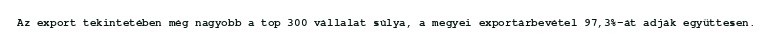
Az export tekintetében még nagyobb a top 300 vállalat súlya, a megyei exportárbevétel 97,3%-át adják együttesen.